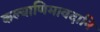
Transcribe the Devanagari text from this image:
कल्याणिमावदानि